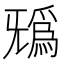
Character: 𣄺